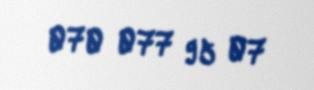
070 077 95 07